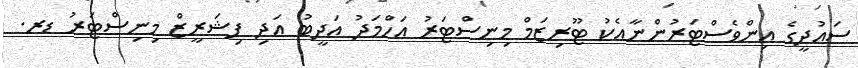
ސައުދީގެ އިންވެސްޓަރުންނާއެކު ޓޫރިޒަމް މިނިސްޓަރު އަހްމަދު އަދީބު އަދި ފިޝަރީޒް މިނިސްޓަރު ޑރ.